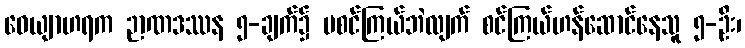
ဝေယျာဟရက ဉာဏဒဿန ၅-ချက်၌ မစင်ကြယ်ဘဲလျက် စင်ကြယ်ဟန်ဆောင်နေသူ ၅-ဦး၊